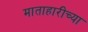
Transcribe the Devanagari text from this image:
माताहारीच्या